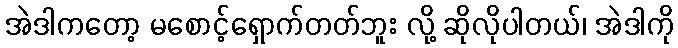
အဲဒါကတော့ မစောင့်ရှောက်တတ်ဘူး လို့ ဆိုလိုပါတယ်၊ အဲဒါကို